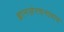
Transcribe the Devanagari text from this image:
ज्ञानसंरचनावाद